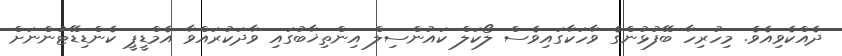
ދެއްކެވިއެވެ. މިހުރިހާ ބޭފުޅުންގެ ވާހަކާގައިވެސް ލޯކަލް ކައުންސިލް އިންތިޚާބުގައި ވާދަކުރައްވާ އެމްޑީޕީ ކެންޑިޑޭޓުންނަށް